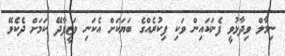
ނިމާލް ވިދާޅުވީ ފެނަކައިން ވަކި ފިކުރެއްގެ ބަޔަކަށް އެކަނި ވަޒީފާދޭ ކަމަށް ދެކެވޭ